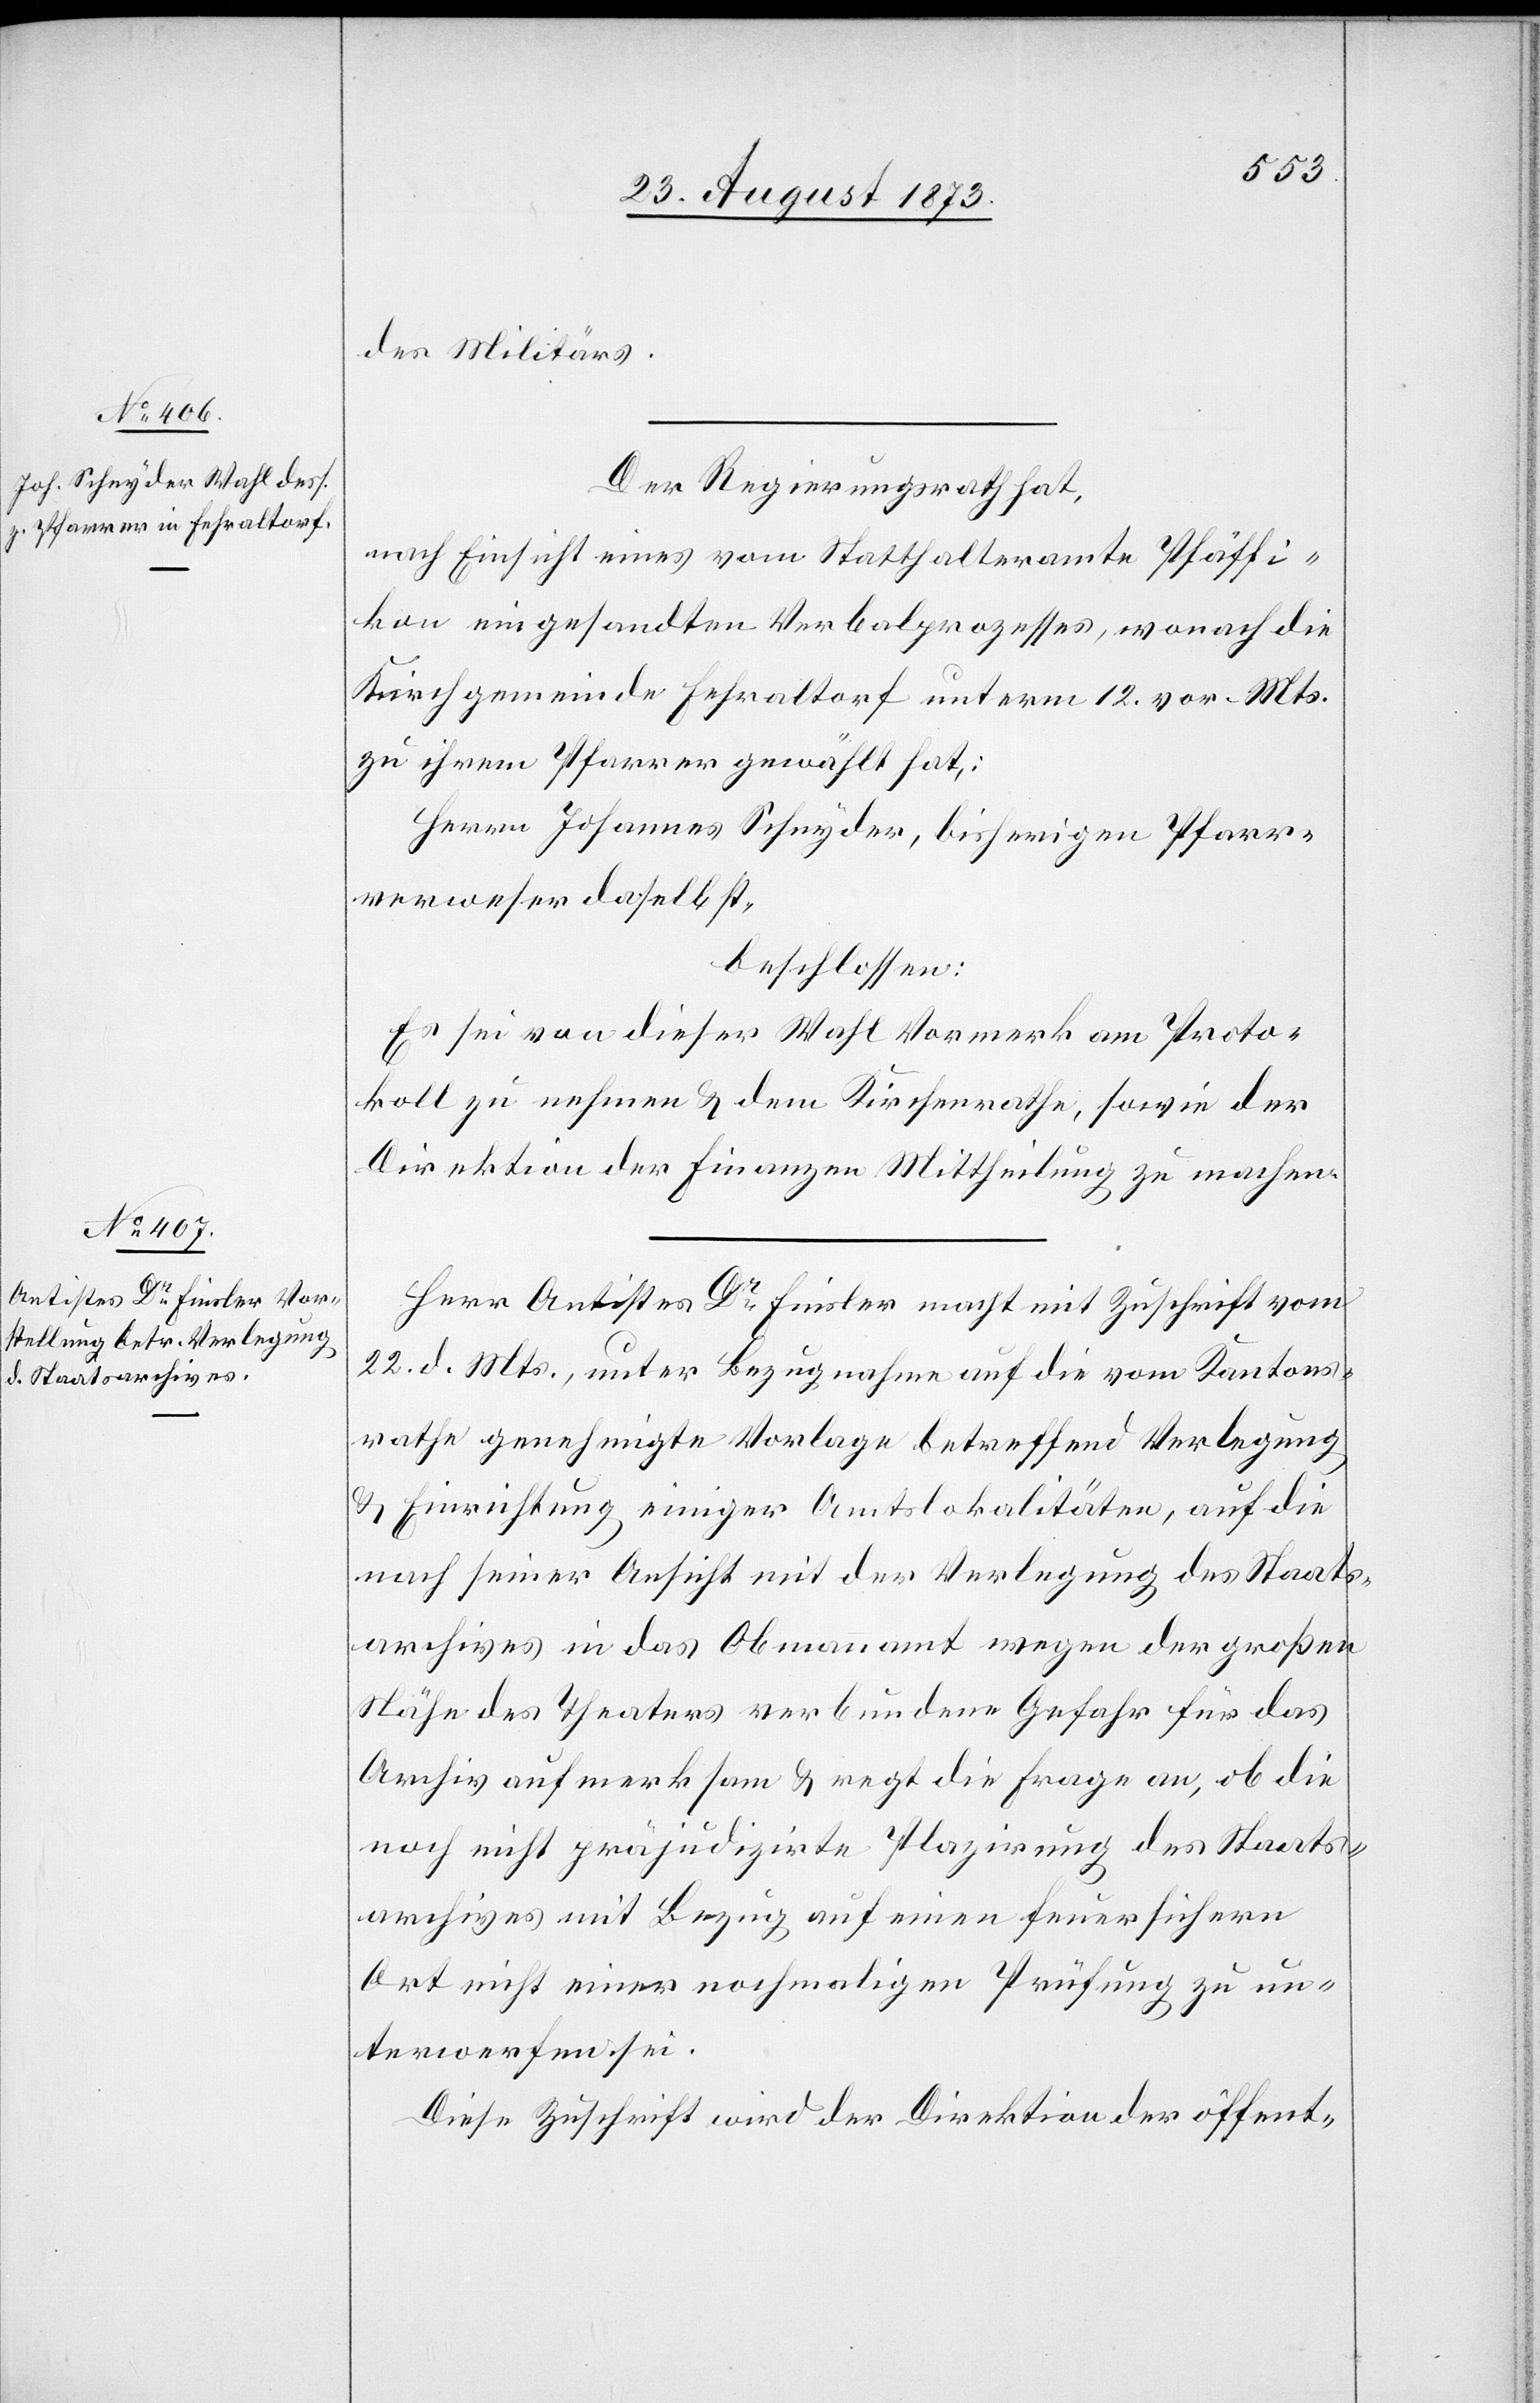
des Militärs.
Der Regierungsrath hat,
nach Einsicht eines vom Statthalteramte Pfäffi¬
kon eingesandten Verbalprozesses, wonach die
Kirchgemeinde Fehraltorf unterm 12. vor. Mts.
zu ihrem Pfarrer gewählt hat,:
Herrn Johannes Schnyder, bisherigen Pfarr¬
verweser daselbst,
beschlossen:
Es sei von dieser Wahl Vormerk am Proto¬
koll zu nehmen & dem Kirchenrathe, sowie der
Direktion der Finanzen Mittheilung zu machen.
Herr Antistes Dr Finsler macht mit Zuschrift vom
22. d. Mts., unter Bezugnahme auf die vom Kantons¬
rathe genehmigte Vorlage betreffend Verlegung
& Einrichtung einiger Amtslokalitäten, auf die
nach seiner Ansicht mit der Verlegung des Staats¬
archives in das Obmannamt wegen der großen
Nähe des Theaters verbundene Gefahr für das
Archiv aufmerksam & regt die Frage an, ob die
noch nicht präjudizirte Plazirung des Staats¬
archives mit Bezug auf einen feuersichern
Ort nicht einer nochmaligen Prüfung zu un¬
terwerfen sei.
Diese Zuschrift wird der Direktion der öffent-